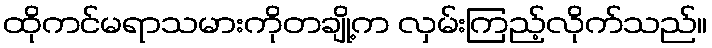
ထိုကင်မရာသမားကိုတချို့က လှမ်းကြည့်လိုက်သည်။